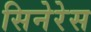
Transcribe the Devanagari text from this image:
सिनेरेस